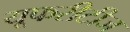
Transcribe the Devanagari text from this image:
यूफरीटीज